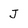
Character: J